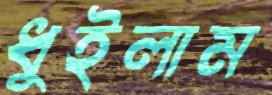
ধুইলাম